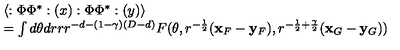
\begin{array} { l } { \langle : \Phi \Phi ^ { * } : ( x ) : \Phi \Phi ^ { * } : ( y ) \rangle } \\ { = \int d \theta d r r r ^ { - d - ( 1 - \gamma ) ( D - d ) } F ( \theta , r ^ { - \frac { 1 } { 2 } } ( { \bf x } _ { F } - { \bf y } _ { F } ) , r ^ { - \frac { 1 } { 2 } + \frac { \gamma } { 2 } } ( { \bf x } _ { G } - { \bf y } _ { G } ) ) } \\ \end{array}